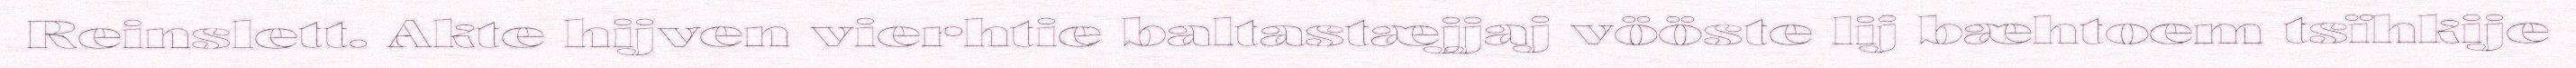
Reinslett. Akte hijven vierhtie baltastæjjaj vööste lij bæhtoem tsïhkije